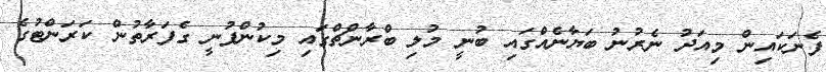
ފެނަކައިން މިއަދު ނެރުނު ބަޔާނެއްގައި ބުނީ މުލި ބްރާންޗްގައި މިކުންފުނީ ގެފަރާތުން ކަރަންޓުގެ